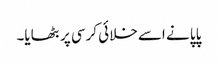
پاپا نے اسے خلائی کرسی پر بٹھایا۔